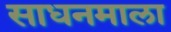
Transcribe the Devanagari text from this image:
साधनमाला